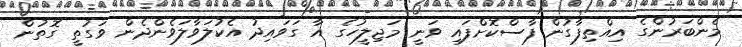
މެންބަރުންގެ އިއްތިފާގުން ފާސްކޮށްފައި ވަނީ މަޖިލީހުގެ އާ ގަވައިދު އެކުލަވާލަވެންދެން ވަގުތީ ގޮތުން